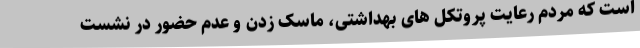
است که مردم رعایت پروتکل های بهداشتی، ماسک زدن و عدم حضور در نشست